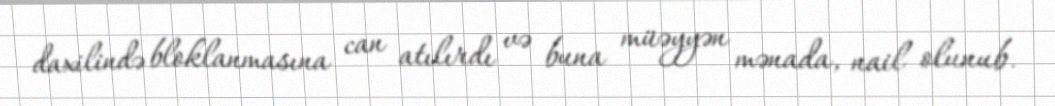
daxilində bloklanmasına can atılırdı və buna müəyyən mənada, nail olunub.